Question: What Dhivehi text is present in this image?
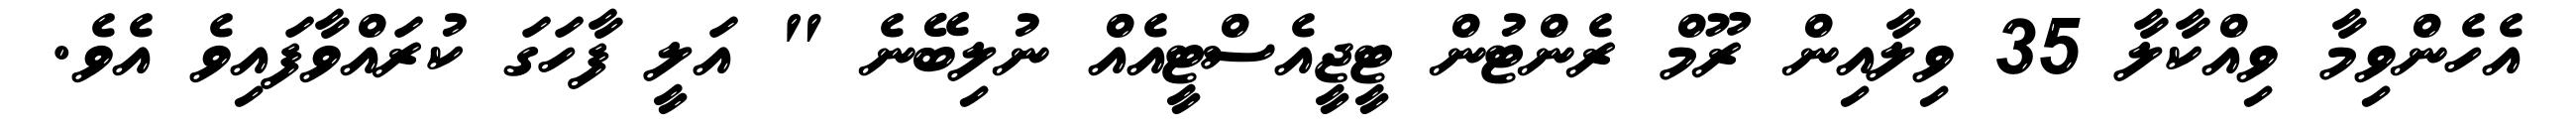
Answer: އެހެންވިމާ ވިއްކާލާ 35 ވިލާއިން ރޫމް ރެންޓުން ޓީޖީއެސްޓީއެއް ނުލިބޭނެ " އަލީ ފާހަގަ ކުރައްވާފައިވެ އެވެ.